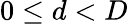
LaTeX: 0\leq d<D